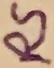
Text: RS